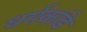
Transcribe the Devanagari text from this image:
धर्मकांडे